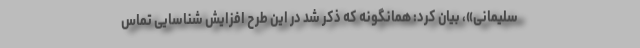
سلیمانی»، بیان کرد: همانگونه که ذکر شد در این طرح افزایش شناسایی تماس